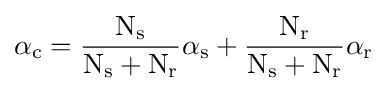
\alpha _{\text{c}}={\frac {{\text{N}}_{\text{s}}}{{\text{N}}_{\text{s}}+{\text{N}}_{\text{r}}}}\alpha _{\text{s}}+{\frac {{\text{N}}_{\text{r}}}{{\text{N}}_{\text{s}}+{\text{N}}_{\text{r}}}}\alpha _{\text{r}}